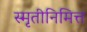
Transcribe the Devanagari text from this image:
स्मृतीनिमित्त